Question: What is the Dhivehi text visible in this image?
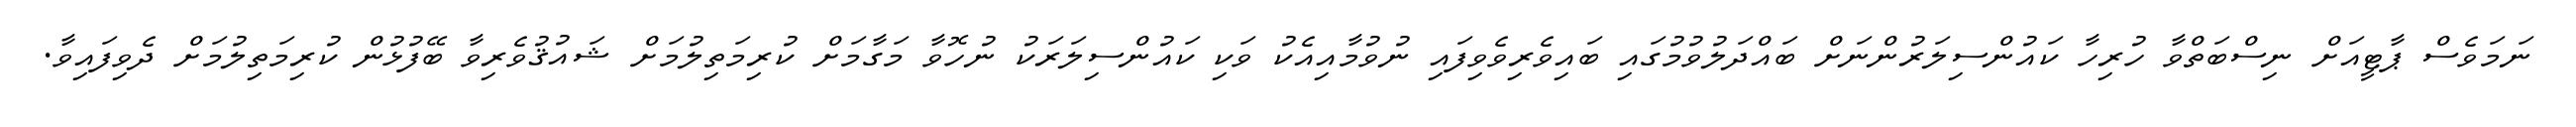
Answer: ނަމަވެސް ޕާޓީއަށް ނިސްބަތްވާ ހުރިހާ ކައުންސިލަރުންނަށް ބައްދަލުވުމުގައި ބައިވެރިވެވިފައި ނުވުމާއިއެކު ވަކި ކައުންސިލަރަކު ނުހޮވާ މަގާމަށް ކުރިމަތިލުމަށް ޝައުޤުވެރިވާ ބޭފުޅުން ކުރިމަތިލުމަށް ދެވިފައިވާ.